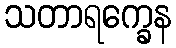
သတာရက္ခေန